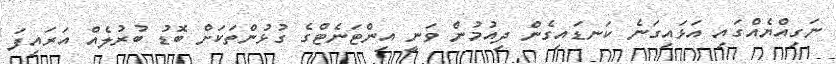
ނަގިއްްޔެއްގައި އަޅައިގަނެ ކަނޑައިގެން ދިއުމުން ވަނީ އިންޓަނެޓްގެ ގުޅުންތަކަށް ބޮޑު ބުރުލެއް އަރައިފަ